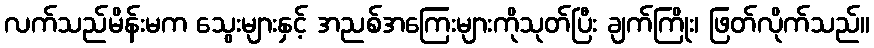
လက်သည်မိန်းမက သွေးများနှင့် အညစ်အကြေးများကိုသုတ်ပြီး ချက်ကြိုး၊ ဖြတ်လိုက်သည်။